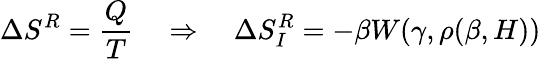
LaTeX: \Delta S^{R}=\frac{Q}{T}\quad\Rightarrow\quad\Delta S_{I}^{R}=-\beta W(\gamma,\rho(\beta,H))